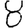
Digit: 8